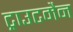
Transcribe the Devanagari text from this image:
ट्राउटमैन